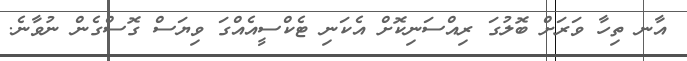
އާނ ތިހާ ވަރަށް ބޮލުގަ ރިއްސަނިކޮށް އެކަނި ޓެކްސީއެއްގަ ވިޔަސް ގޮސްގެން ނުވާނެ.